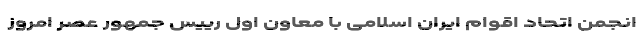
انجمن اتحاد اقوام ایران اسلامی با معاون اول رییس جمهور عصر امروز